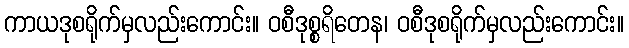
ကာယဒုစရိုက်မှလည်းကောင်း။ ဝစီဒုစ္စရိတေန၊ ဝစီဒုစရိုက်မှလည်းကောင်း။